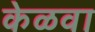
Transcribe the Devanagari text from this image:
केळवा